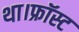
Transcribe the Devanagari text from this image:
था।फ्रॉस्ट